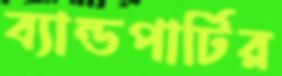
ব্যান্ডপার্টির